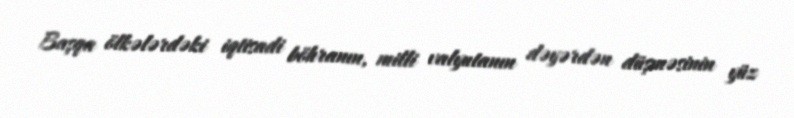
Başqa ölkələrdəki iqtisadi böhranın, milli valyutanın dəyərdən düşməsinin yüz